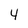
Character: 4